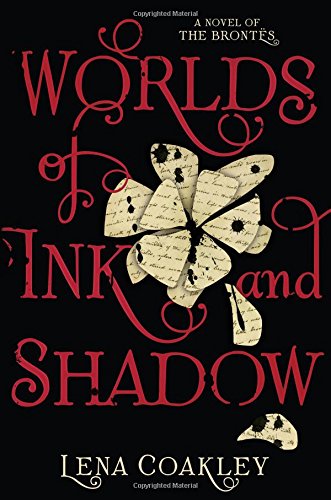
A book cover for Worlds of Ink and Shadow: A Novel of the BrontÃ«s; Lena Coakley; Teen & Young Adult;